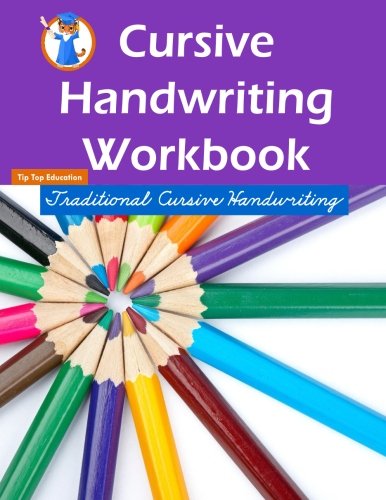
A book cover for Cursive Handwriting Workbook: Beginning Cursive Handwriting; Cursive Handwriting Workbook Team; Reference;